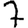
Digit: 7